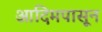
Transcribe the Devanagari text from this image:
आदिमपासून